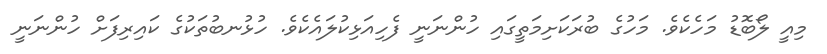
މިއީ ލޯބޮޑު މަހެކެވެ. މަހުގެ ބުރަކަށިމަތީގައި ހުންނަނީ ފެހިއަޅިކުލައެކެވެ. ހުޅުނބުތަކުގެ ކައިރިފަށް ހުންނަނީ